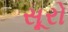
સૂરો